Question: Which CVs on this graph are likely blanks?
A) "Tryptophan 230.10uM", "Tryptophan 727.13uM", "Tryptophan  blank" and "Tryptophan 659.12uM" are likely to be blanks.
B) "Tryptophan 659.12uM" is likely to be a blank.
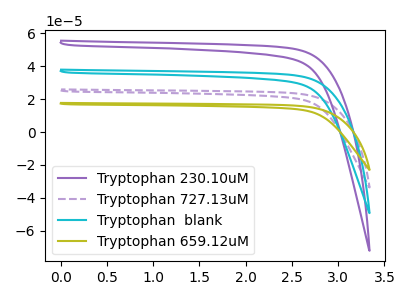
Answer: <think>The purple curve "Tryptophan 230.10uM" has no peaks. The purple dashed curve "Tryptophan 727.13uM" has no peaks. The cyan curve "Tryptophan  blank" has no peaks. The olive curve "Tryptophan 659.12uM" has no peaks.</think>
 <answer>A) "Tryptophan 230.10uM", "Tryptophan 727.13uM", "Tryptophan  blank" and "Tryptophan 659.12uM" are likely to be blanks.</answer>
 <eval>A</eval>